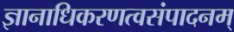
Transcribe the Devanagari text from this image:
ज्ञानाधिकरणत्वसंपादनम्